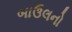
બાઉલનો